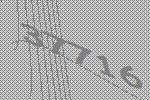
37716